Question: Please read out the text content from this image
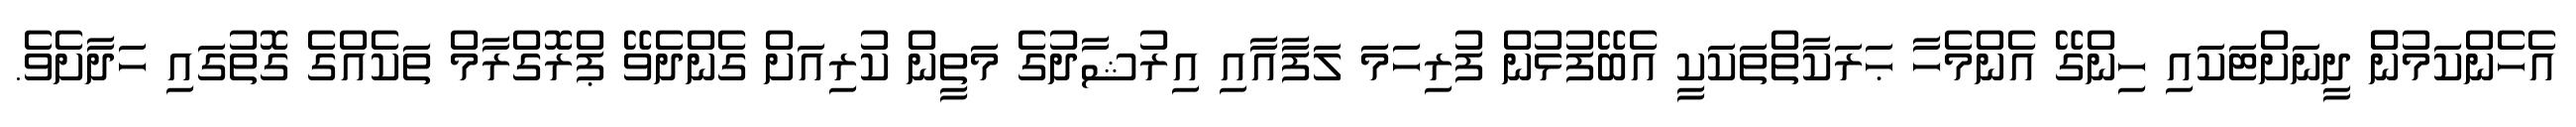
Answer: އެހެންކަމުންް ދީނަށްޓަކައި ހިންގޭ އެންމެހާ ޙަރަކާތްތަކަކީ އެބޭފުޅުން ފުރިހަމަ ލަފާއާއި އިރުޝާދުގެ މަތީން ކުރިއަށް ގެންދެވޭ ޕްރޮގްރާމް ތަކެއްގެ ގޮތުގައި ހަދާށެވެ.